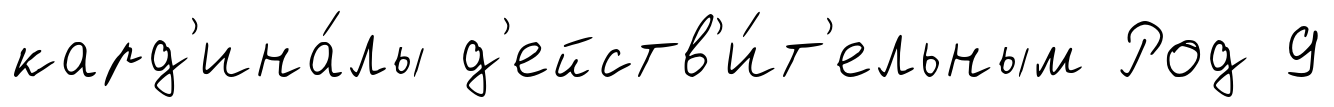
кард'ина́лы д'ейств'и́т'ельным Род 9